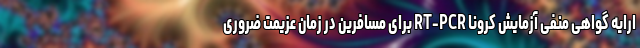
ارایه گواهی منفی آزمایش کرونا RT-PCR برای مسافرین در زمان عزیمت ضروری